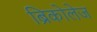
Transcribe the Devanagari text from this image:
ब्रिकोलेज